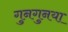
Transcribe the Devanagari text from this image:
गुनगुनया